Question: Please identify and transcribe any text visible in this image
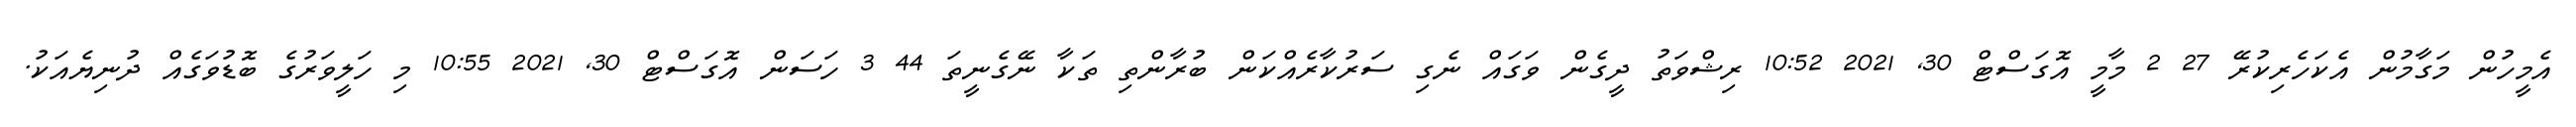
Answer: އެމީހުން މަގާމުން އެކަހެރިކުރޭ 27 2 މާމީ އޮގަސްޓް 30, 2021 10:52 ރިޝްވަތު ދީގެން ވަގައް ނެގި ސަރުކާރެއްކަން ބުރާންތި ތަކާ ނޭގެނީތަ 44 3 ހަސަން އޮގަސްޓް 30, 2021 10:55 މި ހަލީވަރުގެ ބޮޑުވަގެއް ދުނިޔެއަކު.